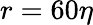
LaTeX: r=60\eta